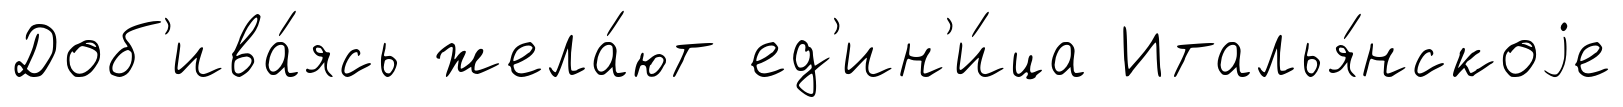
Доб'ива́ясь жела́ют ед'ин'и́ца Италья́нскоjе